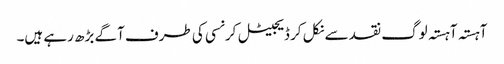
آہستہ آہستہ لوگ نقد سے نکل کر ڈیجیٹل کرنسی کی طرف آگے بڑھ رہے ہیں۔